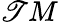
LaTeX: \mathscr{T}M